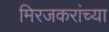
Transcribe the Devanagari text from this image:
मिरजकरांच्या